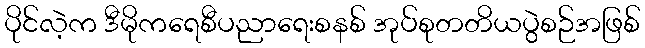
ပိုင်လဲ့က ဒီမိုကရေစီပညာရေးစနစ် အုပ်စုတတိယပွဲစဉ်အဖြစ်